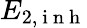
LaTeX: E_{2,\mathrm{~i~n~h~}}